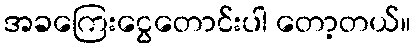
အခကြေးငွေတောင်းပါ တော့တယ်။